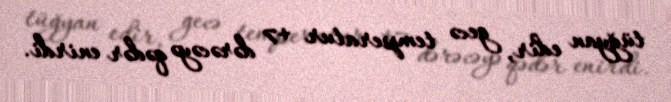
tüğyan edir, gecə temperatur +7 dərəcəyə qədər enirdi.